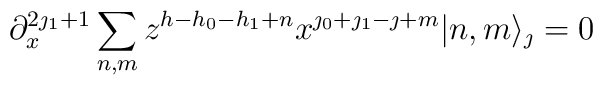
\partial_x^{2\jmath_1+1}  \sum_{n,m} z^{h-h_0-h_1+n}x^{\jmath_0+\jmath_1-\jmath+m} |n,m\rangle_{\jmath}=0